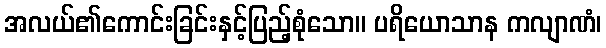
အလယ်၏ကောင်းခြင်းနှင့်ပြည့်စုံသော။ ပရိယောသာန ကလျာဏံ၊